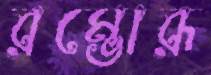
রম্ভোরূ